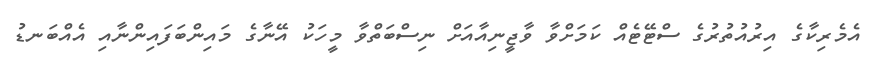
އެމެރިކާގެ އިރުއުތުރުގެ ސްޓޭޓެއް ކަމަށްވާ ވާޖީނިއާއަށް ނިސްބަތްވާ މީހަކު އޭނާގެ މައިންބަފައިންނާއި އެއްބަނޑު